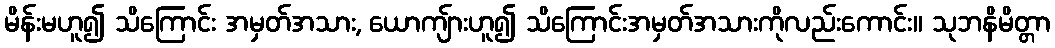
မိန်းမဟူ၍ သိကြောင်း အမှတ်အသား, ယောကျ်ားဟူ၍ သိကြောင်းအမှတ်အသားကိုလည်းကောင်း။ သုဘနိမိတ္တာ